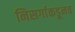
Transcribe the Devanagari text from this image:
निसर्गाकडूनच